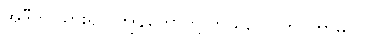
အဲဒီကို သွားရင် ကျွန်တော်တို့ ဘယ်လောက် ကြာမလဲ။